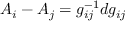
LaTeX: A _ { i } - A _ { j } = g _ { i j } ^ { - 1 } d g _ { i j }